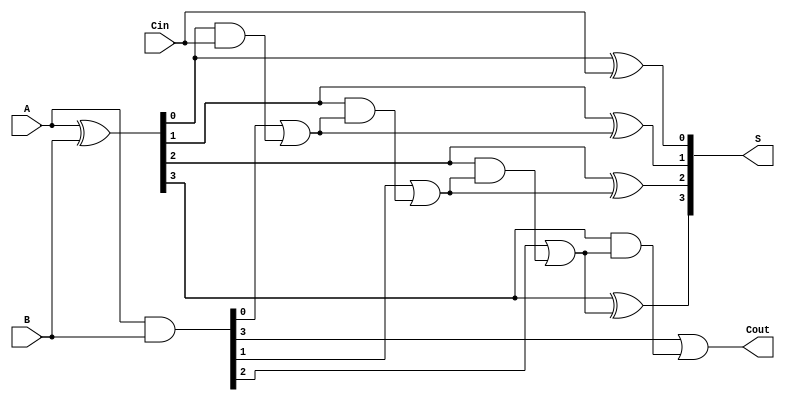
module CarrySelectAdder #(parameter N = 4) (
    input [N-1:0] A,      // First n-bit input
    input [N-1:0] B,      // Second n-bit input
    input Cin,            // Carry-in
    output [N-1:0] S,     // n-bit sum output
    output Cout           // Carry-out
);

    // Generate and Propagate signals
    wire [N-1:0] G; // Generate
    wire [N-1:0] P; // Propagate
    wire [N:0] C;    // Carry signals

    // Generate and Propagate calculations
    assign G = A & B;          // G[i] = A[i] AND B[i]
    assign P = A ^ B;          // P[i] = A[i] XOR B[i]

    // Carry generation for each segment
    // C[0] is the initial carry-in
    assign C[0] = Cin;

    genvar i;
    generate
        for (i = 0; i < N; i = i + 1) begin : carry_gen
            if (i == 0) begin
                assign C[i+1] = G[i] | (P[i] & C[i]); // C[1] = G[0] + P[0] * C[0]
            end else begin
                assign C[i+1] = G[i] | (P[i] & C[i]); // C[i+1] = G[i] + P[i] * C[i]
            end
        end
    endgenerate

    // Sum calculation
    generate
        for (i = 0; i < N; i = i + 1) begin : sum_calc
            assign S[i] = P[i] ^ C[i]; // S[i] = P[i] XOR C[i]
        end
    endgenerate

    // Final carry-out
    assign Cout = C[N]; // Carry-out is the last carry signal

endmodule